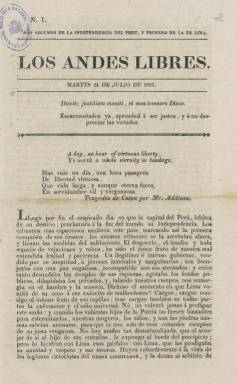
Título: Los Andes libres
Colección: Periódicos anteriores a 1850
Ámbito geográfico: Perú
Lugar de publicación: Lima
Fechas: 24/07/1821-21/08/1821